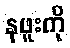
နဖူးကို